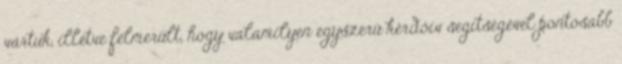
vártuk, illetve felmerült, hogy valamilyen egyszerű kérdőív segítségével pontosabb